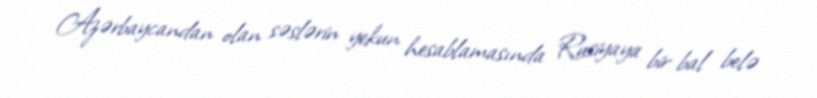
Azərbaycandan olan səslərin yekun hesablamasında Rusiyaya bir bal belə